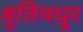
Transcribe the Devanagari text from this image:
श्रुतिमधुर